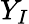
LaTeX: Y_{I}